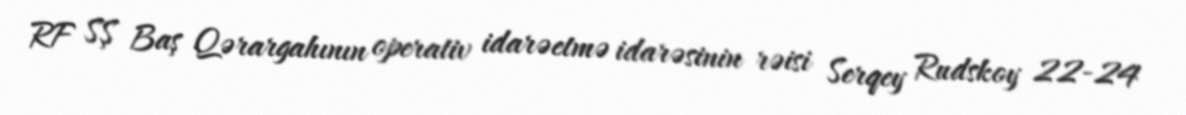
RF SŞ Baş Qərargahının operativ idarəetmə idarəsinin rəisi Serqey Rudskoy 22-24